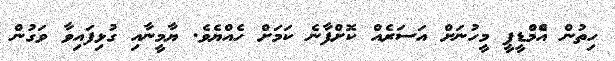
ހިތުން އެްމްޑީޕީ މީހުނަށް އަސަރެއް ކޮށްފާނެ ކަމަށް ހެއްޔެވެ. ޔާމީނާއި ގުޅިފައިވާ ވަގުން